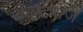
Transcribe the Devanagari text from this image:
केवटराज